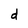
Character: d